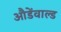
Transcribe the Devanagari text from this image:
औडेंवाल्ड